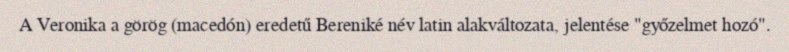
A Veronika a görög (macedón) eredetű Bereniké név latin alakváltozata, jelentése "győzelmet hozó".